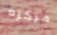
مركزه